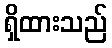
ရှိထားသည်